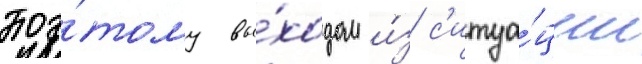
Поэ́тому вы́ходом и́з с'итуа́ции